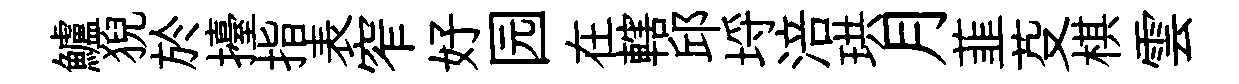
鱸猊於擡指表窄好园在轄邱埓涪珙月韮芟棋雲